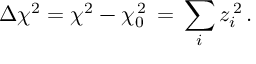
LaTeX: \Delta \chi ^ { 2 } = \chi ^ { 2 } - \chi _ { 0 } ^ { \, 2 } \, = \, \sum _ { i } z _ { i } ^ { \, 2 } \, .